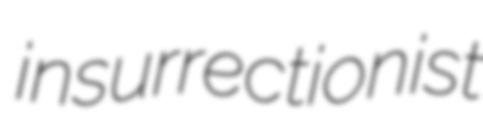
insurrectionist